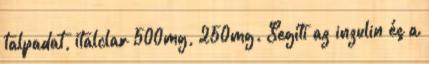
talpadat, italclar 500mg, 250mg. Segíti az inzulin és a